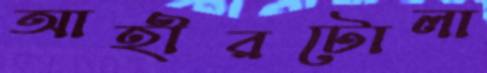
আহীরটোলা